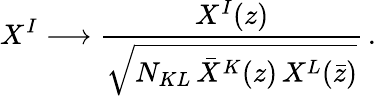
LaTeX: X^{I}\longrightarrow{\frac{X^{I}(z)}{\sqrt{N_{KL}\, \bar{X}^{K}(z)\, X{}^{L}(\bar{z})}}}\, .